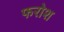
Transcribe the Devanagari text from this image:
फरोश